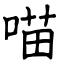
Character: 喵